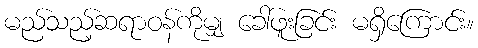
မည်သည့်ဆရာဝန်ကိုမျှ ခေါ်ဖူးခြင်း မရှိကြောင်း။